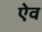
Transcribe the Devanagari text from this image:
ऐव